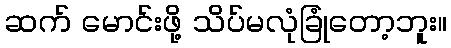
ဆက် မောင်းဖို့ သိပ်မလုံခြုံတော့ဘူး။